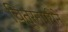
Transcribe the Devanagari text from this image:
चित्रनगरीने